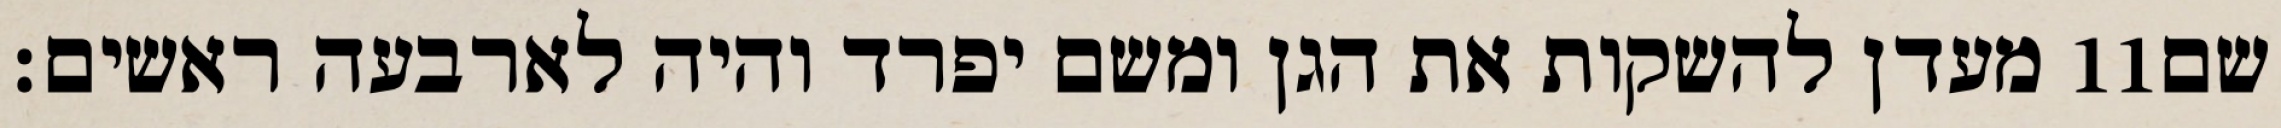
מעדן להשקות את הגן ומשם יפרד והיה לארבעה ראשים׃ ‎11‏ שם